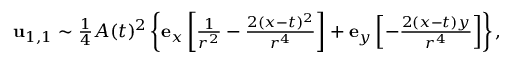
\begin{array} { r } { \mathbf { u } _ { 1 , 1 } \sim \frac { 1 } { 4 } A ( t ) ^ { 2 } \left\{ \mathbf { e } _ { x } \left[ \frac { 1 } { r ^ { 2 } } - \frac { 2 ( x - t ) ^ { 2 } } { r ^ { 4 } } \right] + \mathbf { e } _ { y } \left[ - \frac { 2 ( x - t ) y } { r ^ { 4 } } \right] \right\} , } \end{array}